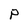
Character: P